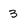
Character: 3